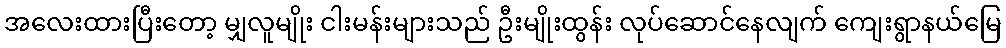
အလေးထားပြီးတော့ မျှလူမျိုး ငါးမန်းများသည် ဦးမျိုးထွန်း လုပ်ဆောင်နေလျက် ကျေးရွာနယ်မြေ